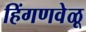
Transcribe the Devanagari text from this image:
हिंगणवेळू